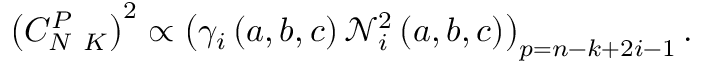
\left( C _ { N \ K } ^ { P } \right) ^ { 2 } \propto \left( \gamma _ { i } \left( a , b , c \right) \mathcal { N } _ { i } ^ { 2 } \left( a , b , c \right) \right) _ { p = n - k + 2 i - 1 } .